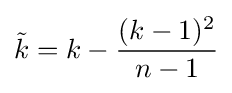
{\tilde {k}}=k-{\frac {(k-1)^{2}}{n-1}}